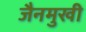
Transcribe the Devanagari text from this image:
जैनमुखी